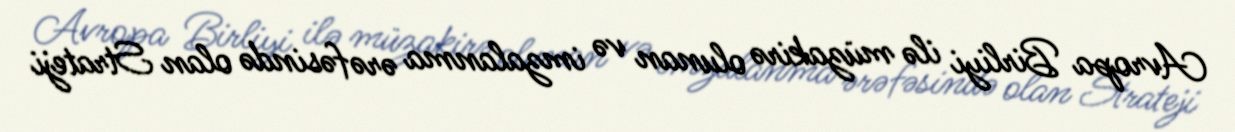
Avropa Birliyi ilə müzakirə olunan və imzalanma ərəfəsində olan Strateji